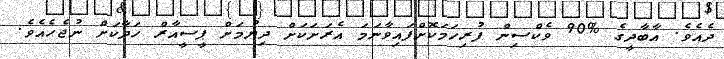
ދެއެވެ. އާބާދީގެ %90 ވެކްސިން ފުރިހަމަކޮށްފައިވާނަމަ އެރަށަކަށް ދިޔުމަށް ޕީސީއާރް ހަދާކަށް ނުޖެހެއެވެ.